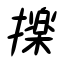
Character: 擽